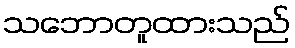
သဘောတူထားသည်